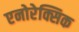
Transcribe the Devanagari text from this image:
एनोरेक्सिक